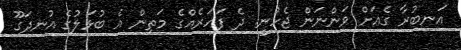
އަނބުރާ ގެއަށް ވަންނަން ޖެހުނީ. ދެ ފަހަރެއްގެ މަތިން އެ ބުޅަލުގެ އުނދަގޫ